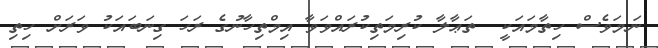
ނަމަވެސް ހިތާމައަކީ  ތަޢާލާ ކުރިމަތިކުރައްވަވާ އިމްތިހާނުގެ ރަހަ ގިނަބައަކު ވަރަށް ހިތި